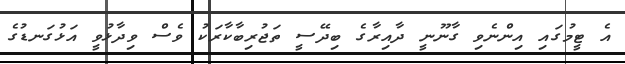
އެ ޓީމުގައި އިންނެވި ގާނޫނީ ދާއިރާގެ ބިދޭސީ ތަޖުރިބާކާރަކު ވެސް ވިދާޅުވީ އަޅުގަނޑުގެ